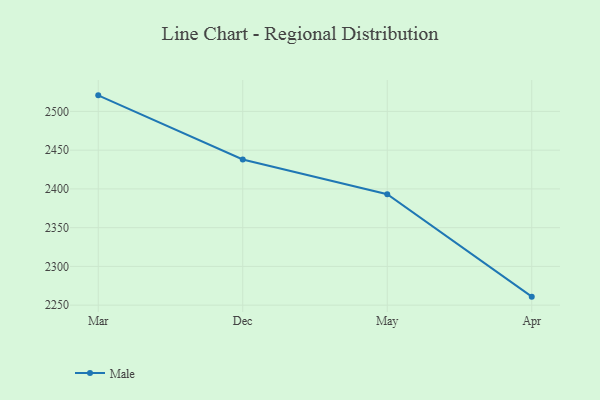
{"axis": {"x": "Month", "y": "Shipments"}, "legend": ["Male"], "data": [{"x": "Mar", "y": 2520.7, "type": "Male"}, {"x": "Dec", "y": 2438.0, "type": "Male"}, {"x": "May", "y": 2393.2, "type": "Male"}, {"x": "Apr", "y": 2261.0, "type": "Male"}]}